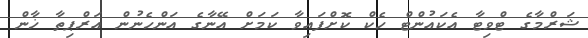
ޝަރްމާގެ ޓްވިޓާ އެކައުންޓް ހެކް ކޮށްފައިވާ ކަމަށް އޭނާގެ އަންހެނުން އަރްޕިތާ ޚާން